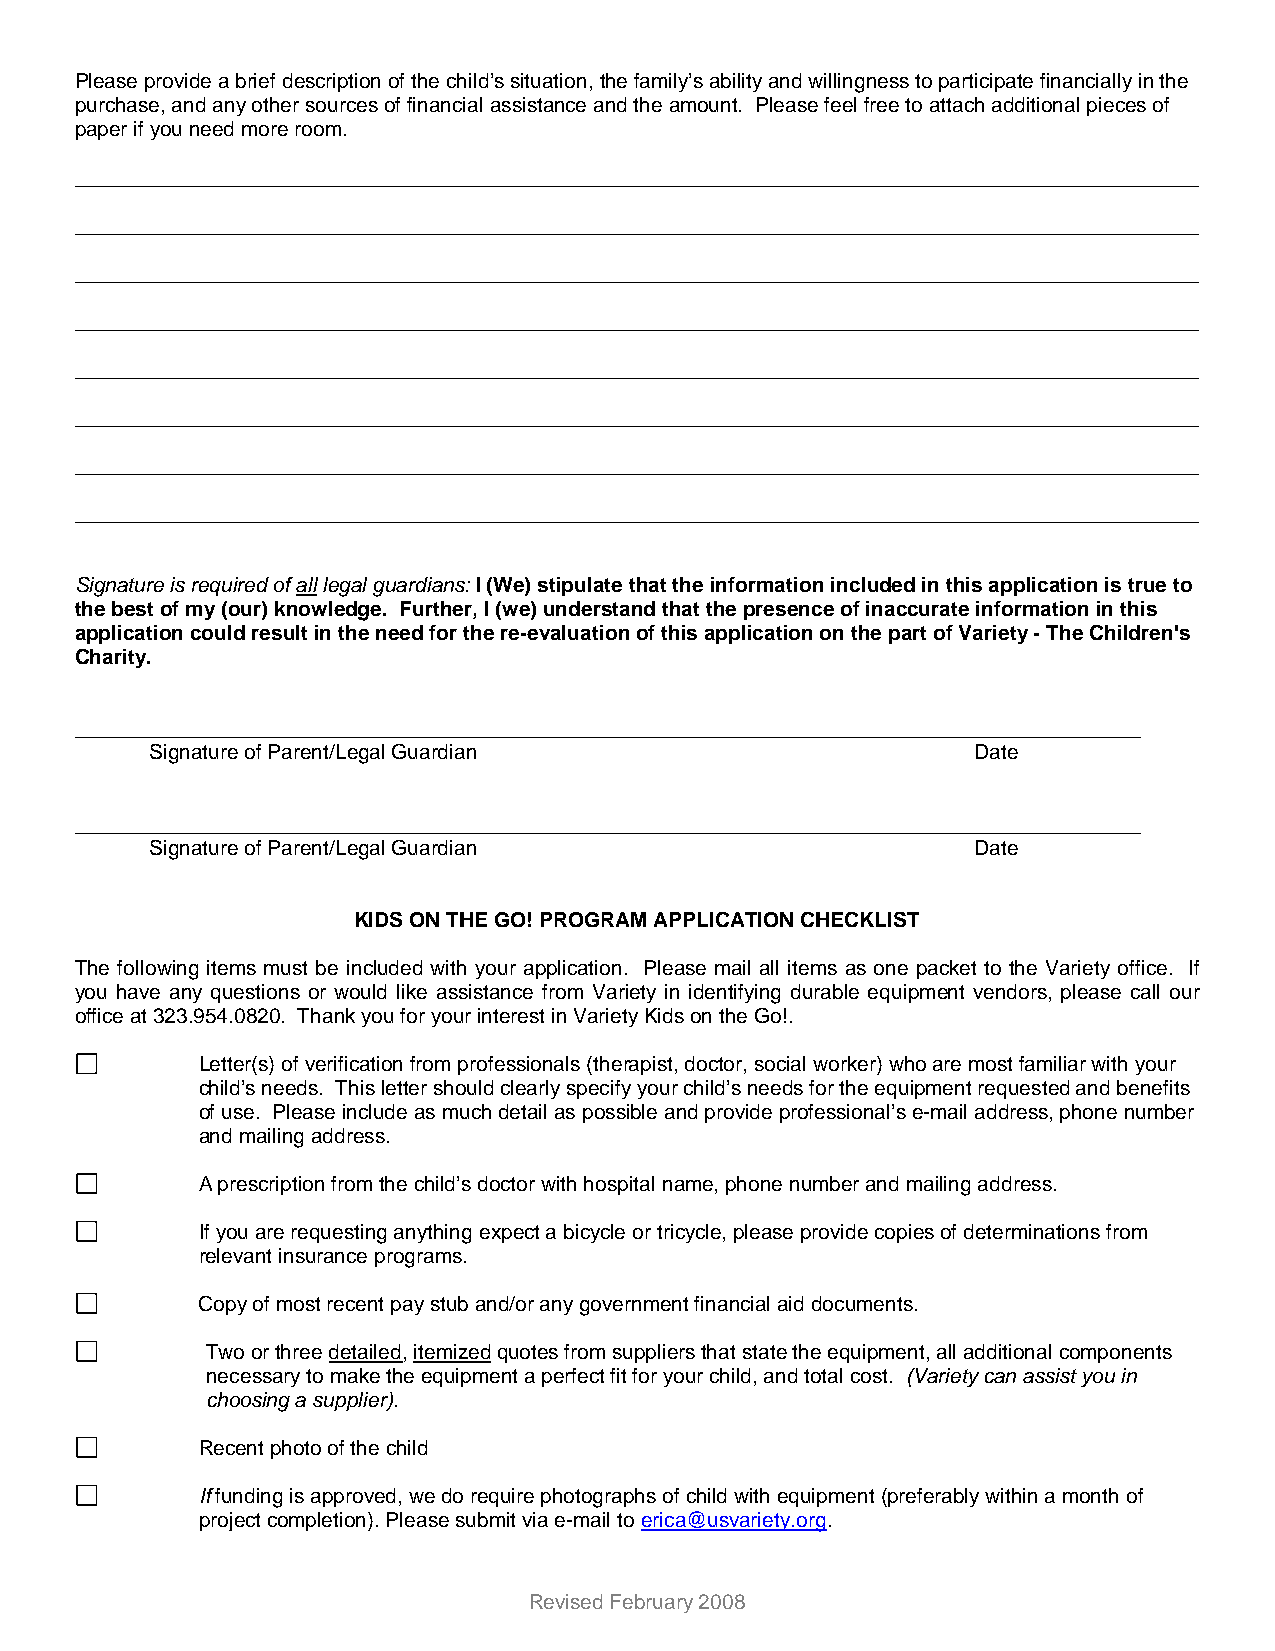
Please provide a brief description of the child’s situation, the family’s ability and willingness to participate financially in the
 purchase, and any other sources of financial assistance and the amount. Please feel free to attach additional pieces of
 paper if you need more room.
 _________________________________________________________________________________________________
 _________________________________________________________________________________________________
 _________________________________________________________________________________________________
 _________________________________________________________________________________________________
 _________________________________________________________________________________________________
 _________________________________________________________________________________________________
 _________________________________________________________________________________________________
 _________________________________________________________________________________________________
 Signature is required of all legal guardians: I (We) stipulate that the information included in this application is true to
 the best of my (our) knowledge. Further, I (we) understand that the presence of inaccurate information in this
 application could result in the need for the re-evaluation of this application on the part of Variety - The Children's
 Charity.
 ____________________________________________________________________________________________
 Signature of Parent/Legal Guardian                     Date
 ____________________________________________________________________________________________
 Signature of Parent/Legal Guardian                     Date
 KIDS ON THE GO! PROGRAM APPLICATION CHECKLIST
 The following items must be included with your application. Please mail all items as one packet to the Variety office. If
 you have any questions or would like assistance from Variety in identifying durable equipment vendors, please call our
 office at 323.954.0820. Thank you for your interest in Variety Kids on the Go!.
 Letter(s) of verification from professionals (therapist, doctor, social worker) who are most familiar with your
 child’s needs. This letter should clearly specify your child’s needs for the equipment requested and benefits
 of use. Please include as much detail as possible and provide professional’s e-mail address, phone number
 and mailing address.
 A prescription from the child’s doctor with hospital name, phone number and mailing address.
 If you are requesting anything expect a bicycle or tricycle, please provide copies of determinations from
 relevant insurance programs.
 Copy of most recent pay stub and/or any government financial aid documents.
 Two or three detailed, itemized quotes from suppliers that state the equipment, all additional components
 necessary to make the equipment a perfect fit for your child, and total cost. (Variety can assist you in
 choosing a supplier).
 Recent photo of the child
 If funding is approved, we do require photographs of child with equipment (preferably within a month of
 project completion). Please submit via e-mail to erica@usvariety.org.
 Revised February 2008